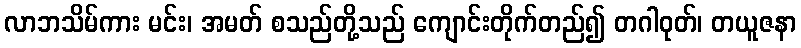
လာဘသိမ်ကား မင်း၊ အမတ် စသည်တို့သည် ကျောင်းတိုက်တည်၍ တဂါဝုတ်၊ တယူဇနာ